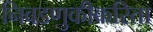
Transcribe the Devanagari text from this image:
निवडणुकीकरिता